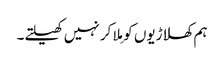
ہم کھلاڑیوں کو مِلا کر نہیں کھیلتے۔